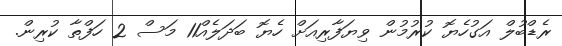
ރެޑްބުލް އަގުހެޔޮ ކުރުމުން ވިޔަފާރިއަށް ހެޔޮ ބަދަލެއް11 މަސް 2 ހަފްތާ ކުރިން.